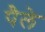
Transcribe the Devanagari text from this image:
पैले